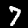
Digit: 7